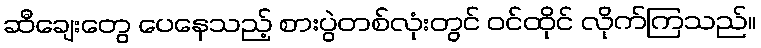
ဆီချေးတွေ ပေနေသည့် စားပွဲတစ်လုံးတွင် ဝင်ထိုင် လိုက်ကြသည်။